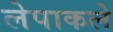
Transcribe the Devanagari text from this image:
लेपाकले